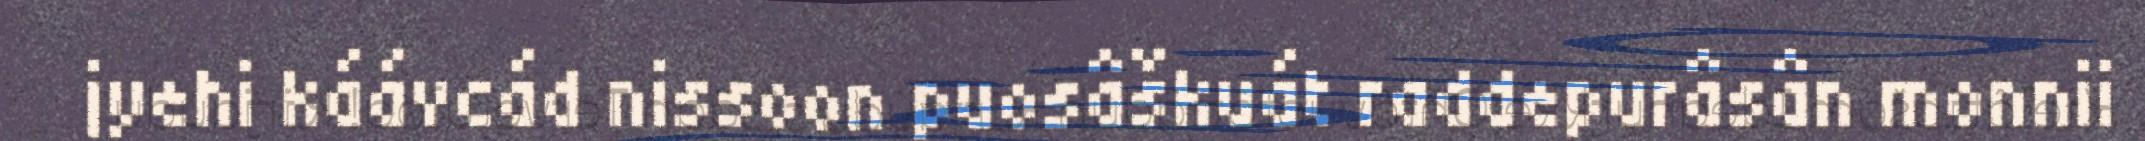
jyehi káávcád nissoon puosâškuát raddepurâsân monnii